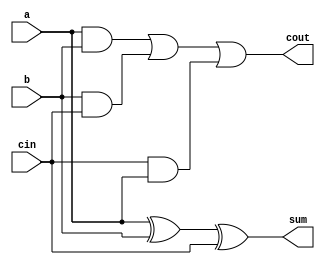
`timescale 1ns / 1ps
//////////////////////////////////////////////////////////////////////////////////
// Company: 
// Engineer: 
// 
// Design Name: 
// Module Name:    full_adder 
// Project Name: 
// Target Devices: 
// Tool versions: 
// Description: 
//
// Dependencies: 
//
// Revision: 
// Revision 0.01 - File Created
// Additional Comments: 
//
//////////////////////////////////////////////////////////////////////////////////
module full_adder(a, b, cin, sum, cout
        );
        input a;
        input b;
        input cin;
        output sum;
        wire sum;
        output cout;
        wire cout;
        assign sum = a^b^cin;
        assign cout = (a & b) | (b & cin) | (cin & a);

endmodule